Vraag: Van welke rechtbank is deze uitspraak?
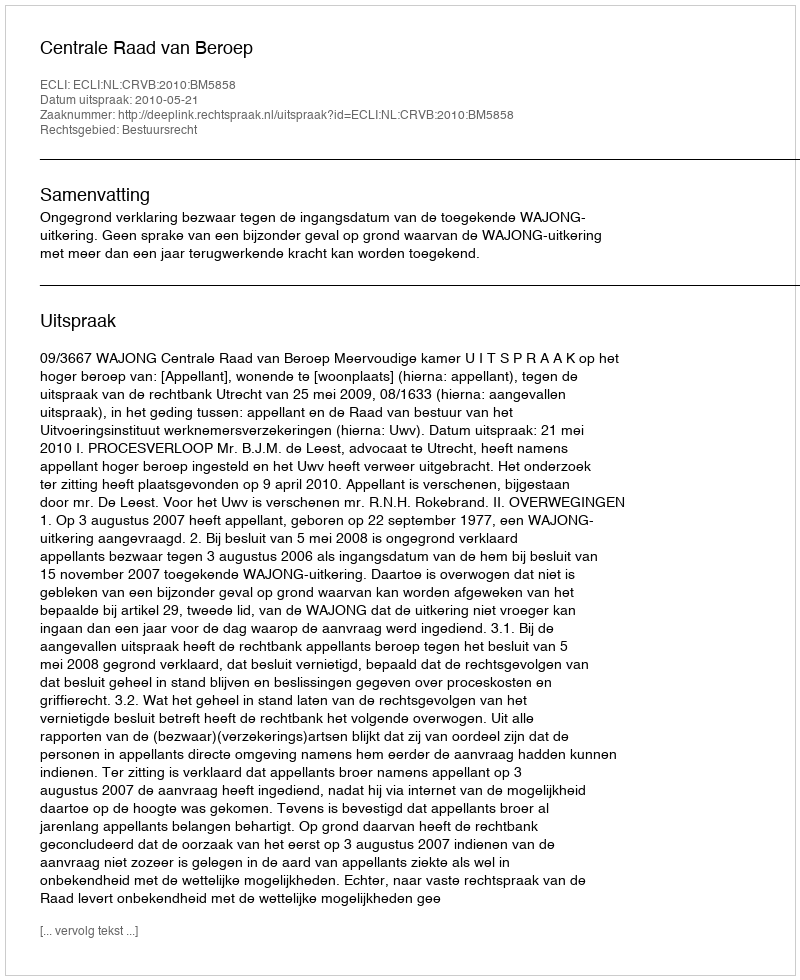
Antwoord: Centrale Raad van Beroep